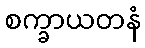
စက္ခာယတနံ